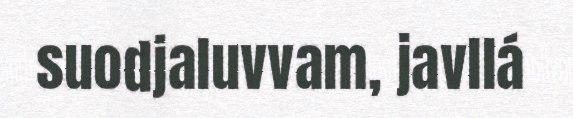
suodjaluvvam, javllá